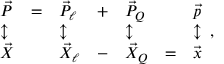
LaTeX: \begin{array} { l l l l l l l } { { \vec { P } } } & { { = } } & { { \vec { P } _ { \ell } } } & { { + } } & { { \vec { P } _ { Q } } } & { { } } & { { \vec { p } } } \\ { { \updownarrow } } & { { } } & { { \updownarrow } } & { { } } & { { \updownarrow } } & { { } } & { { \updownarrow } } \\ { { \vec { X } } } & { { } } & { { \vec { X } _ { \ell } } } & { { - } } & { { \vec { X } _ { Q } } } & { { = } } & { { \vec { x } } } \end{array} ,